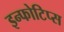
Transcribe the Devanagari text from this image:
इन्फोटिप्स